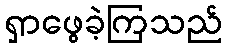
ရှာဖွေခဲ့ကြသည်